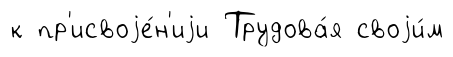
к пр'исвоjе́н'иjи Трудова́я своjи́м